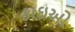
કાઇઓ